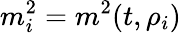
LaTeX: m_{i}^{2}=m^{2}(t,\rho_{i})